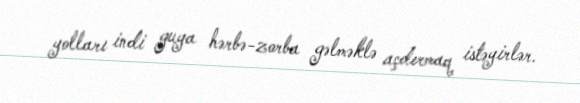
yolları indi guya hərbə-zorba gəlməklə açdırmaq istəyirlər.